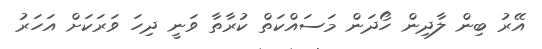
އޭރު ބިން ލާދިން ހޯދަން މަސައްކަތް ކުރާތާ ވަނީ ދިހަ ވަރަކަށް އަހަރު